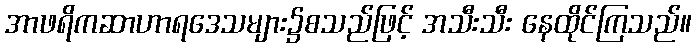
အာဖရိကဆာဟာရဒေသများ၌စသည်ဖြင့် အသီးသီး နေထိုင်ကြသည်။